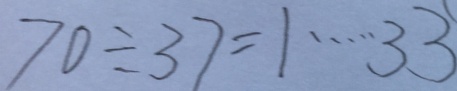
7 0 \div 3 7 = 1 \cdots 3 3